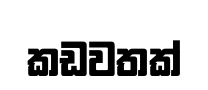
කඩවතක්